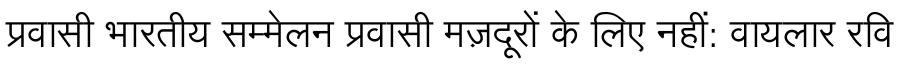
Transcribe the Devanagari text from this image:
प्रवासी भारतीय सम्मेलन प्रवासी मज़दूरों के लिए नहीं: वायलार रवि